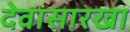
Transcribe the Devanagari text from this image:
देवासारखा